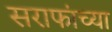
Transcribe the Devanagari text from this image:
सराफांच्या